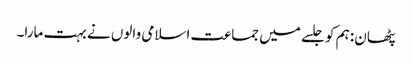
پٹھان: ہم کو جلسے میں جماعت اسلامی والوں نے بہت مارا۔